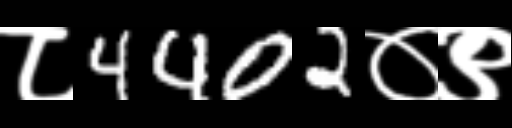
Text: ८4402०९